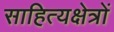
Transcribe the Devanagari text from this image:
साहित्यक्षेत्रों